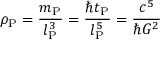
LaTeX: \rho _ { \mathrm { P } } = { \frac { m _ { \mathrm { P } } } { l _ { \mathrm { P } } ^ { 3 } } } = { \frac { \hbar t _ { \mathrm { P } } } { l _ { \mathrm { P } } ^ { 5 } } } = { \frac { c ^ { 5 } } { \hbar G ^ { 2 } } }